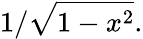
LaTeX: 1/{\sqrt{1-x^{2}}}.